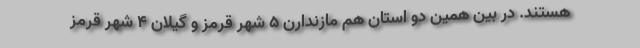
هستند. در بین همین دو استان هم مازندارن ۵ شهر قرمز و گیلان ۴ شهر قرمز